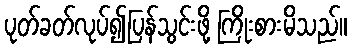
ပုတ်ခတ်လုပ်၍ပြန်သွင်းဖို့ ကြိုးစားမိသည်။